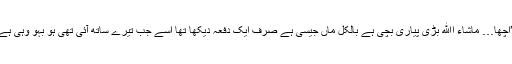
’’اچھا… ماشاء اﷲ بڑی پیاری بچی ہے بالکل ماں جیسی ہے صرف ایک دفعہ دیکھا تھا اسے جب تیرے ساتھ آئی تھی ہو بہو وہی ہے۔